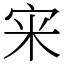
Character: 宩